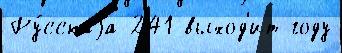
Ру́сскаjа 241 выход'ит году